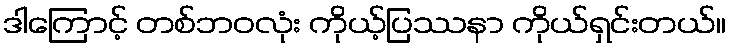
ဒါကြောင့် တစ်ဘဝလုံး ကိုယ့်ပြဿနာ ကိုယ်ရှင်းတယ်။